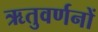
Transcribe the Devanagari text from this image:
ऋतुवर्णनों